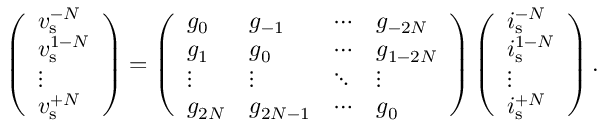
\left( \begin{array} { l } { v _ { \mathrm { s } } ^ { - N } } \\ { v _ { \mathrm { s } } ^ { 1 - N } } \\ { \vdots } \\ { v _ { \mathrm { s } } ^ { + N } } \end{array} \right) = \left( \begin{array} { l l l l } { g _ { 0 } } & { g _ { - 1 } } & { \cdots } & { g _ { - 2 N } } \\ { g _ { 1 } } & { g _ { 0 } } & { \cdots } & { g _ { 1 - 2 N } } \\ { \vdots } & { \vdots } & { \ddots } & { \vdots } \\ { g _ { 2 N } } & { g _ { 2 N - 1 } } & { \cdots } & { g _ { 0 } } \end{array} \right) \left( \begin{array} { l } { i _ { \mathrm { s } } ^ { - N } } \\ { i _ { \mathrm { s } } ^ { 1 - N } } \\ { \vdots } \\ { i _ { \mathrm { s } } ^ { + N } } \end{array} \right) .